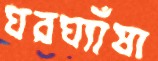
ঘরঘ্যাঁষা